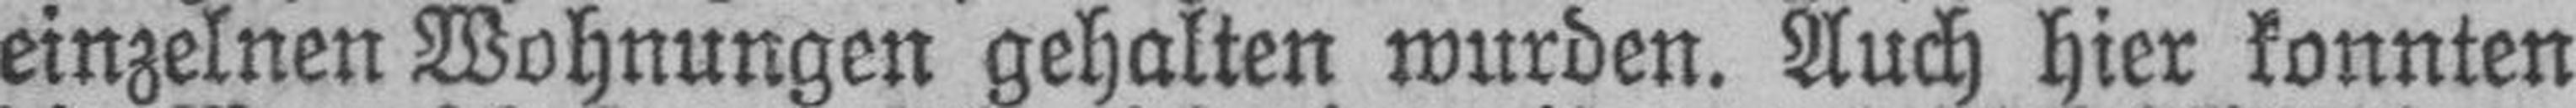
einzelnen Wohnungen gehalten wurden. Auch hier konnten